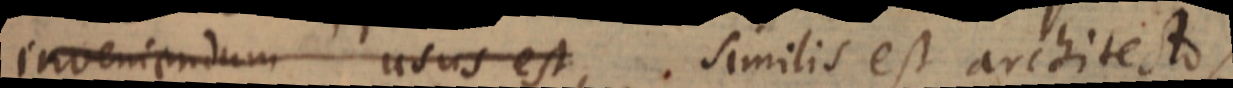
inveniendum usus est, similis est architecto,